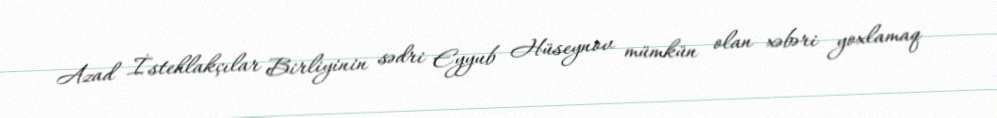
Azad İstehlakçılar Birliyinin sədri Eyyub Hüseynov mümkün olan xəbəri yoxlamaq